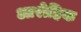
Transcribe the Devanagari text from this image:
आरोहिक